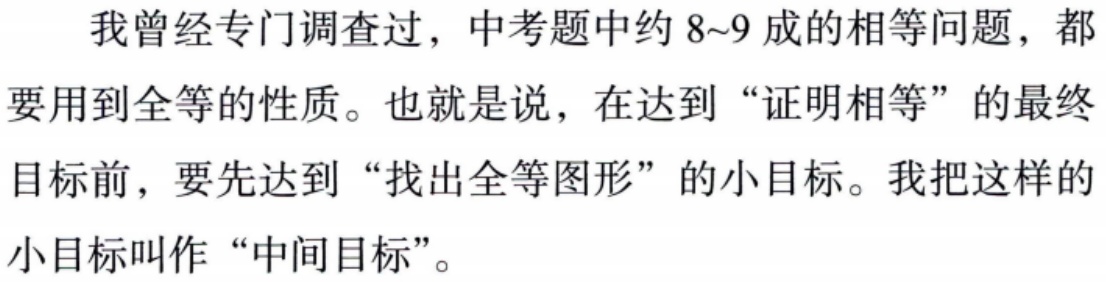
我曾经专门调查过，中考题中约 8~9 成的相等问题，都要用到全等的性质。也就是说，在达到 “证明相等” 的最终目标前，要先达到 “找出全等图形” 的小目标。我把这样的小目标叫作 “中间目标”。